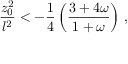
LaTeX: { \frac { z _ { 0 } ^ { 2 } } { l ^ { 2 } } } < - { \frac { 1 } { 4 } } \left( { \frac { 3 + 4 \omega } { 1 + \omega } } \right) \, ,